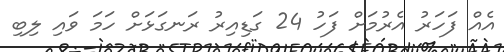
އެއް ފަހަރު އެރުމަށް ފަހު 24 ގަޑިއިރު ރަނގަޅަށް ހަމަ ވައި ލިބި